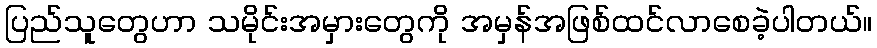
ပြည်သူတွေဟာ သမိုင်းအမှားတွေကို အမှန်အဖြစ်ထင်လာစေခဲ့ပါတယ်။